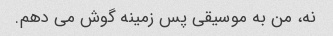
نه، من به موسیقی پس زمینه گوش می دهم.